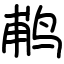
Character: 𬷕